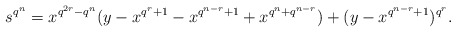
\begin{align*} s^{q^n}=x^{q^{2r}-q^{n}}(y-x^{q^r+1}-x^{q^{n-r}+1}+x^{q^n+q^{n-r}})+(y-x^{q^{n-r}+1})^{q^r}.\end{align*}